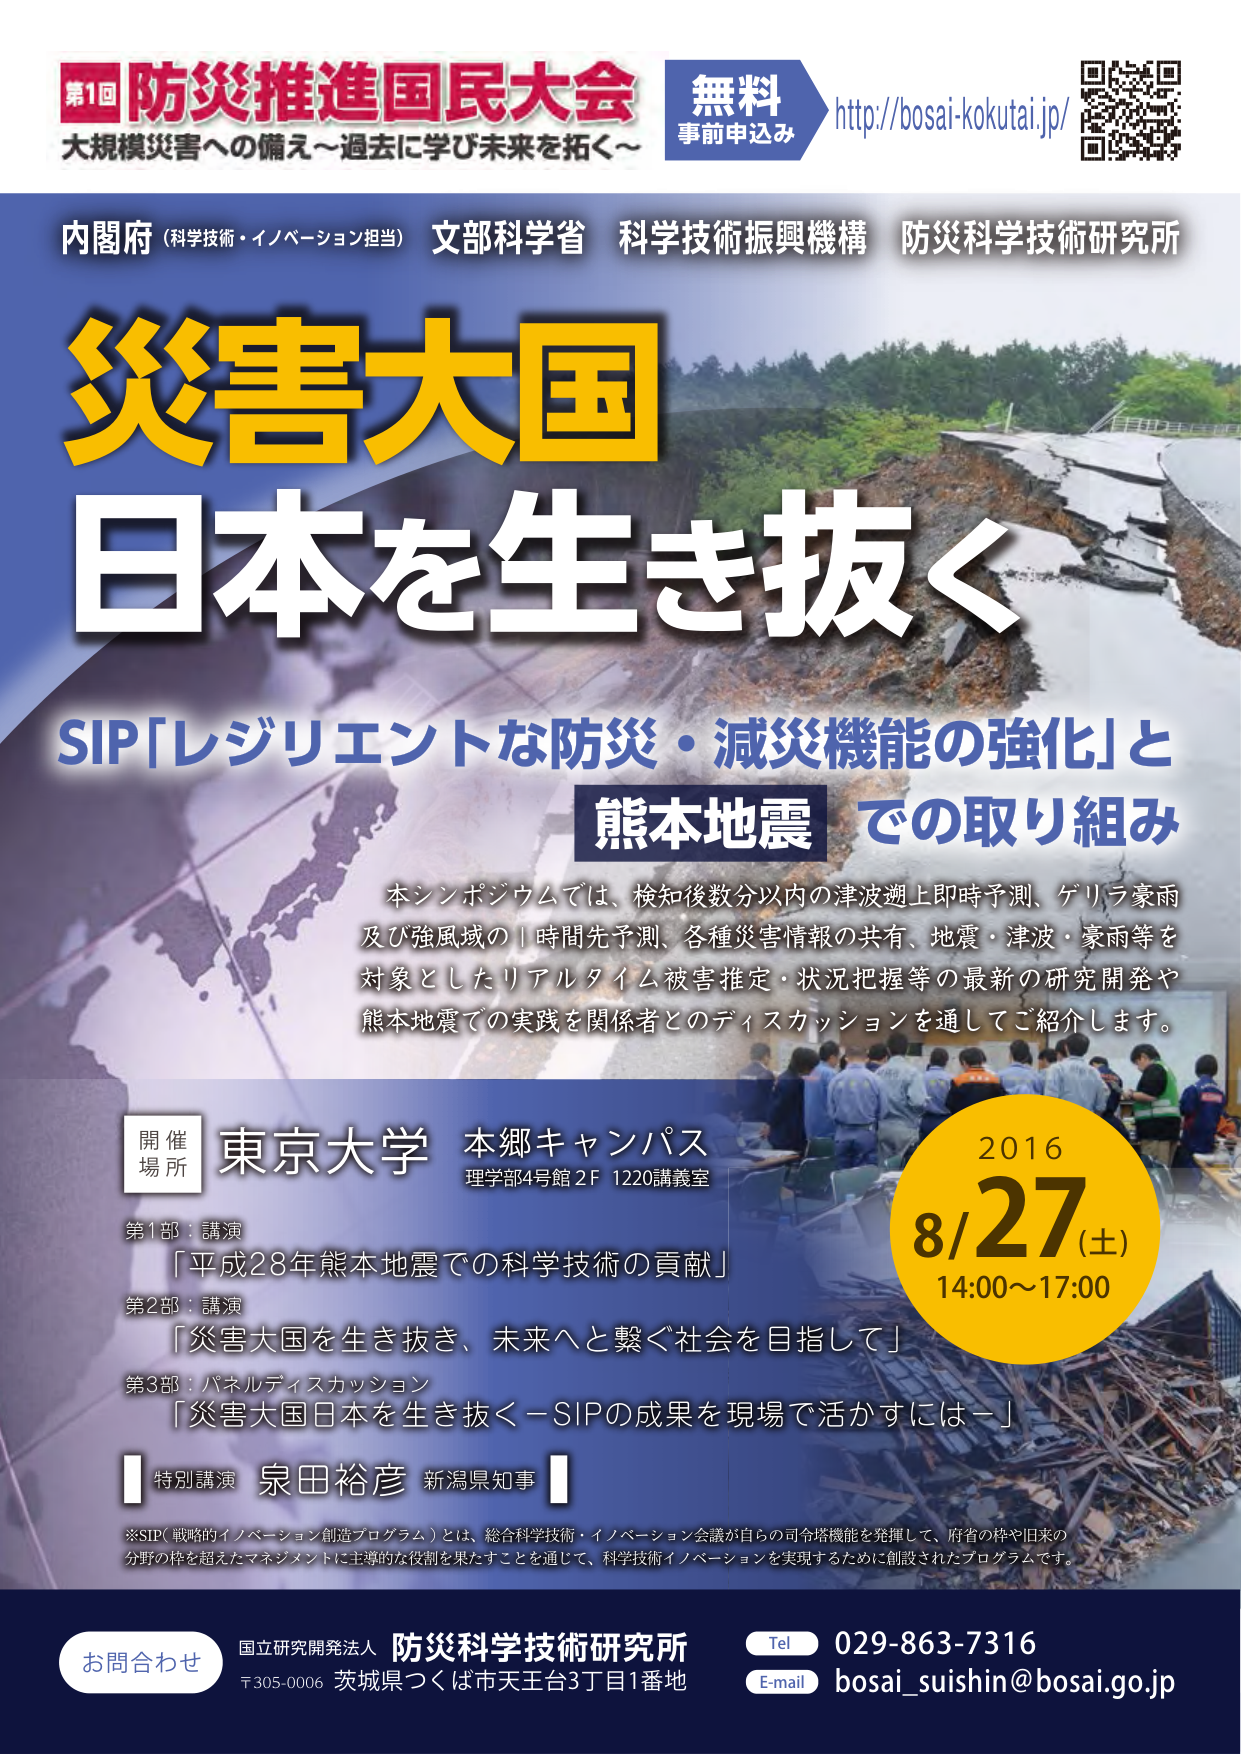
第1回 防災推進国民大会
大規模災害への備え～過去に学び未来を拓く～
無料
事前申込み
http://bosai-kokutai.jp/

内閣府（科学技術・イノベーション担当） 文部科学省 科学技術振興機構 防災科学技術研究所

災害大国
日本を生き抜く

SIP「レジリエントな防災・減災機能の強化」と
熊本地震 での取り組み

本シンポジウムでは、検知後数分以内の津波潮上即時予測、ゲリラ豪雨
及び強風域の1時間先予測、各種災害情報の共有、地震・津波・豪雨等を
対象としたリアルタイム被害推定・状況把握等の最新の研究開発や
熊本地震での実践を関係者とのディスカッションを通してご紹介します。

開催場所 東京大学 本郷キャンパス
理学部4号館 2F 1220講義室

第1部：講演
「平成28年熊本地震での科学技術の貢献」

第2部：講演
「災害大国を生き抜き、未来へと繋ぐ社会を目指して」

第3部：パネルディスカッション
「災害大国日本を生き抜く－SIPの成果を現場で活かすには－」

特別講演 泉田裕彦 新潟県知事

※SIP（戦略的イノベーション創造プログラム）とは、総合科学技術・イノベーション会議が自らの司令塔機能を発揮して、府省の枠や旧来の
分野の枠を超えたマネジメントに主導的な役割を果たすことを通じて、科学技術イノベーションを実現するために創設されたプログラムです。

2016
8/27（土）
14:00～17:00

お問合せ
国立研究開発法人 防災科学技術研究所
〒305-0006 茨城県つくば市天王台3丁目1番地
Tel 029-863-7316
E-mail bosai_suishin@bosai.go.jp